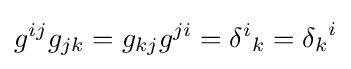
g^{ij}g_{jk}=g_{kj}g^{ji}={\delta ^{i}}_{k}={\delta _{k}}^{i}